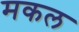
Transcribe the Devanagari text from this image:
मकल